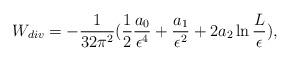
LaTeX: \begin{align*}W_{div}=-{1 \over 32 \pi^2} ({1 \over 2} {a_0 \over \epsilon^4}+{a_1\over\epsilon^2} +2a_2 \ln {L \over \epsilon } ),\end{align*}